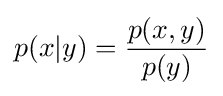
p(x|y)={\frac {p(x,y)}{p(y)}}